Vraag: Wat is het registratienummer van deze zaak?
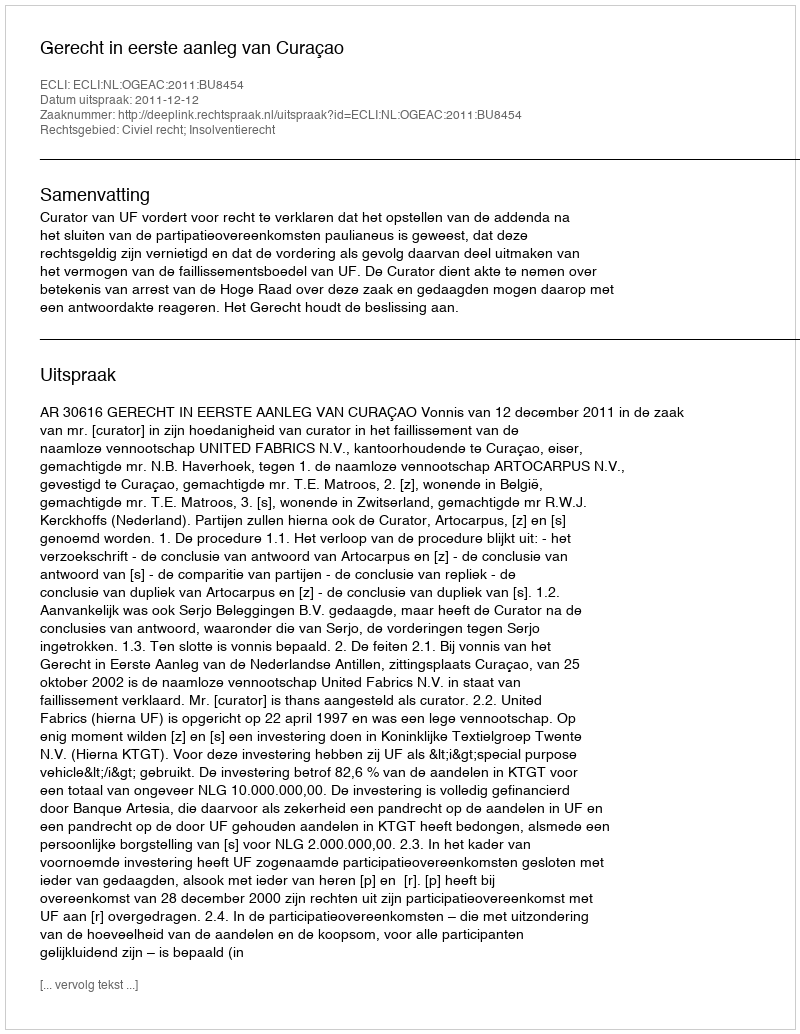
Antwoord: http://deeplink.rechtspraak.nl/uitspraak?id=ECLI:NL:OGEAC:2011:BU8454